Indian journal of veterinary science and animal husbandry - Volumes 24-25, 1954-1955
Year: 1954
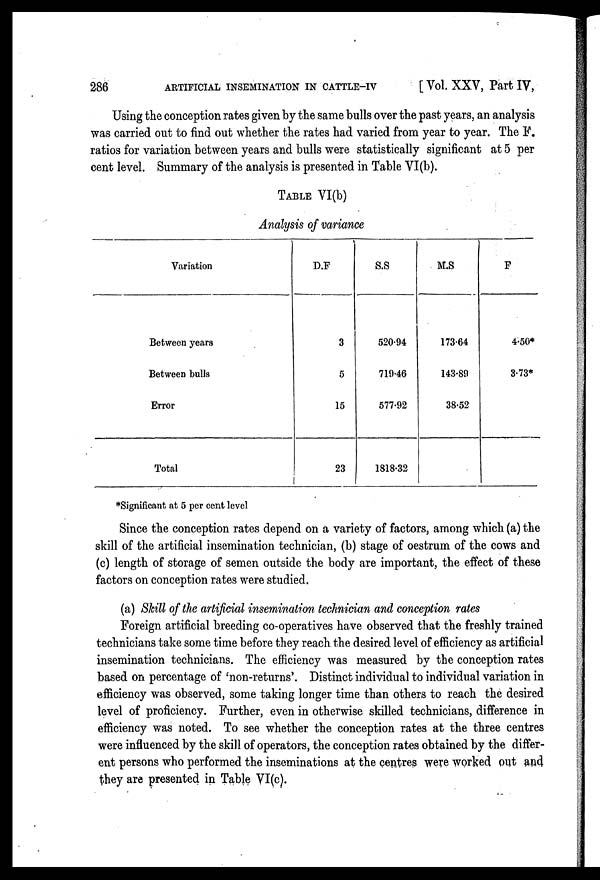
286
ARTIFICIAL INSEMINATION IN CATTLE-IV
[ Vol. XXV, Part IV,
Using the conception rates given by the same bulls over the past years, an analysis
was carried out to find out whether the rates had varied from year to year. The F.
ratios for variation between years and bulls were statistically significant at 5 per
cent level. Summary of the analysis is presented in Table VI(b).
TABLE VI(b)
Analysis of variance
Variation
Between years
Between bulls
Error
Total
D.F
3
5
15
23
S.S
520.94
719.46
577.92
1818.32
M.S
173.64
143.89
38.52
F
4.50*
3.73*
*Significant at 5 per cent level
Since the conception rates depend on a variety of factors, among which (a) the
skill of the artificial insemination technician, (b) stage of oestrum of the cows and
(c) length of storage of semen outside the body are important, the effect of these
factors on conception rates were studied.
(a) Skill of the artificial insemination technician and conception rates
Foreign artificial breeding co-operatives have observed that the freshly trained
technicians take some time before they reach the desired level of efficiency as artificial
insemination technicians. The efficiency was measured by the conception rates
based on percentage of 'non-returns'. Distinct individual to individual variation in
efficiency was observed, some taking longer time than others to reach the desired
level of proficiency. Further, even in otherwise skilled technicians, difference in
efficiency was noted. To see whether the conception rates at the three centres
were influenced by the skill of operators, the conception rates obtained by the differ-
ent persons who performed the inseminations at the centres were worked out and
they are presented in Table VI(c).